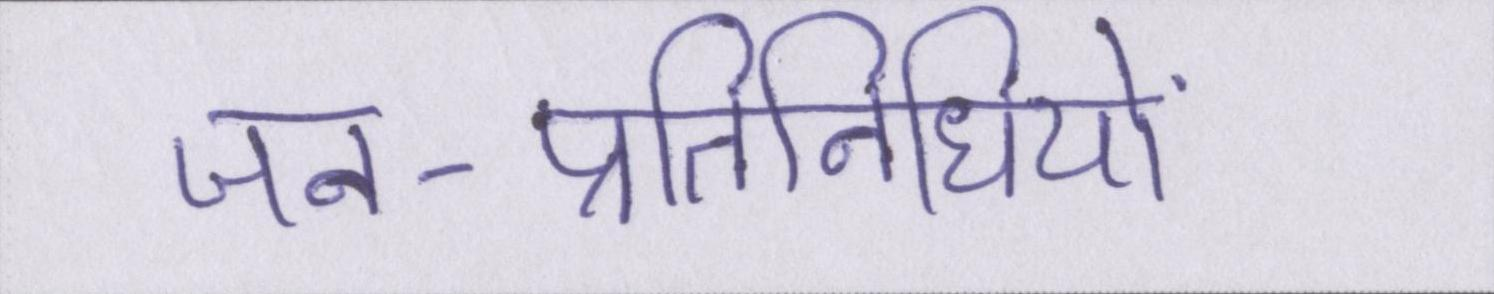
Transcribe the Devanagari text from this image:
जन-प्रतिनिधियों